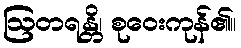
ဩတရန္တိ၊ စုဝေးကုန်၏။